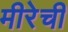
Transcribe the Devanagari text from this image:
मीरेची